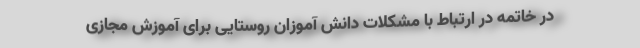
در خاتمه در ارتباط با مشکلات دانش آموزان روستایی برای آموزش مجازی